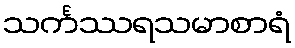
သင်္ကဿရသမာစာရံ